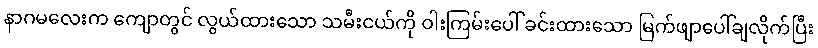
နာဂမလေးက ကျောတွင် လွယ်ထားသော သမီးငယ်ကို ဝါးကြမ်းပေါ် ခင်းထားသော မြက်ဖျာပေါ်ချလိုက်ပြီး